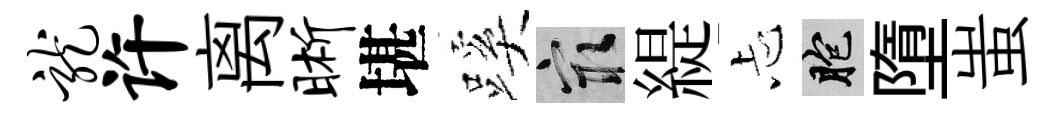
龙许离晰堪蹊冣緹忐胞墮蚩